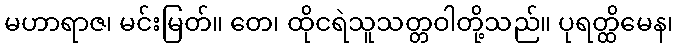
မဟာရာဇ၊ မင်းမြတ်။ တေ၊ ထိုငရဲသူသတ္တဝါတို့သည်။ ပုရတ္ထိမေန၊